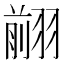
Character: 𦑦